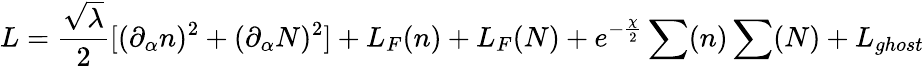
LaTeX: L=\frac{\sqrt{\lambda}}{2}[(\partial_{\alpha}n)^{2}+(\partial_{\alpha}N)^{2}]+L_{F}(n)+L_{F}(N)+e^{-\frac{\chi}{2}}\sum(n)\sum(N)+L_{ghost}